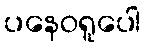
ပနေဝရူပေါ